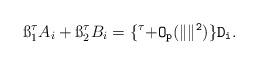
LaTeX: \begin{align*}\ss_1^\tau A_i + \ss_2^\tau B_i = \{\tt^\tau + O_p(\| \tt\|^2)\} D_i.\end{align*}